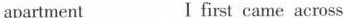
apartment___Ifirst came across